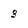
Character: 3